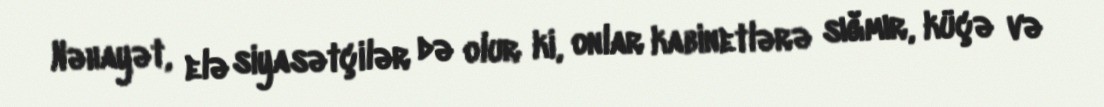
Nəhayət, elə siyasətçilər də olur ki, onlar kabinetlərə sığmır, küçə və